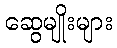
ဆွေမျိုးများ